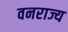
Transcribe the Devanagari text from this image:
वनराज्य